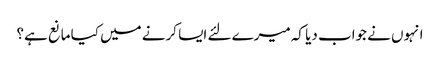
انہوں نے جواب دیا کہ میرے لئے ایسا کرنے میں کیا مانع ہے؟